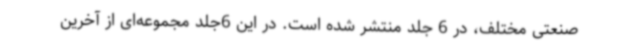
صنعتی مختلف، در 6 جلد منتشر شده است. در این 6جلد مجموعه‌ای از آخرین